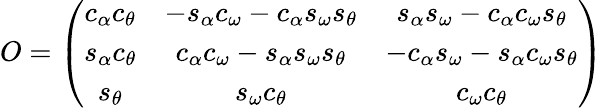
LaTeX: O=\left(\begin{array}{ccc}{{c_{\alpha}c_{\theta}}}&{{-s_{\alpha}c_{\omega}-c_{\alpha}s_{\omega}s_{\theta}}}&{{s_{\alpha}s_{\omega}-c_{\alpha}c_{\omega}s_{\theta}}}\\ {{s_{\alpha}c_{\theta}}}&{{c_{\alpha}c_{\omega}-s_{\alpha}s_{\omega}s_{\theta}}}&{{-c_{\alpha}s_{\omega}-s_{\alpha}c_{\omega}s_{\theta}}}\\ {{s_{\theta}}}&{{s_{\omega}c_{\theta}}}&{{c_{\omega}c_{\theta}}}\end{array}\right)